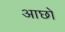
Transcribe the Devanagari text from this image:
आछो